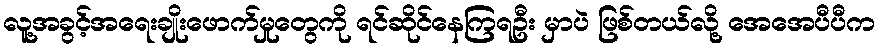
လူ့အခွင့်အရေးချိုးဖောက်မှုတွေကို ရင်ဆိုင်နေကြရဦး မှာပဲ ဖြစ်တယ်လို့ အေအေပီပီက